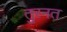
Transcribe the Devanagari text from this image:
तुरनत